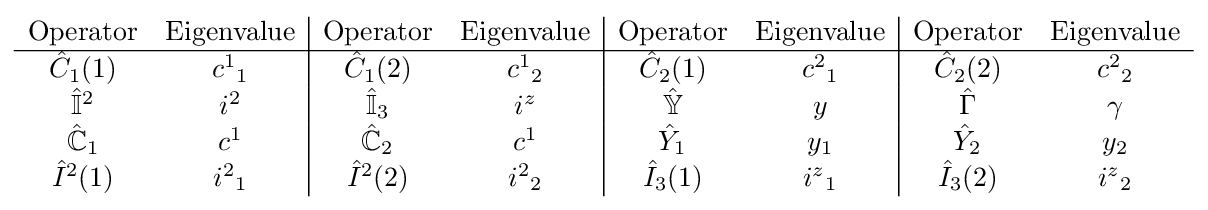
{\begin{array}{cc|cc|cc|cc}{\text{Operator}}&{\text{Eigenvalue}}&{\text{Operator}}&{\text{Eigenvalue}}&{\text{Operator}}&{\text{Eigenvalue}}&{\text{Operator}}&{\text{Eigenvalue}}\\\hline {\hat {C}}_{1}(1)&{c^{1}}_{1}&{\hat {C}}_{1}(2)&{c^{1}}_{2}&{\hat {C}}_{2}(1)&{c^{2}}_{1}&{\hat {C}}_{2}(2)&{c^{2}}_{2}\\{\hat {\mathbb {I} }}^{2}&{i^{2}}&{\hat {\mathbb {I} }}_{3}&{i^{z}}&{\hat {\mathbb {Y} }}&{y}&{\hat {\Gamma }}&\gamma \\{\hat {\mathbb {C} }}_{1}&{c^{1}}&{\hat {\mathbb {C} }}_{2}&{c^{1}}&{\hat {Y}}_{1}&{y}_{1}&{\hat {Y}}_{2}&{y}_{2}\\{\hat {I}}^{2}(1)&{i^{2}}_{1}&{\hat {I}}^{2}(2)&{i^{2}}_{2}&{\hat {I}}_{3}(1)&{i^{z}}_{1}&{\hat {I}}_{3}(2)&{i^{z}}_{2}\end{array}}